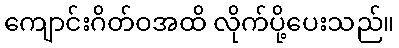
ကျောင်းဂိတ်ဝအထိ လိုက်ပို့ပေးသည်။